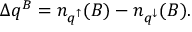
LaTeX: \Delta q ^ { B } = n _ { q ^ { \uparrow } } ( B ) - n _ { q ^ { \downarrow } } ( B ) .